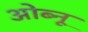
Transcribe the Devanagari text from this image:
ओब्नू